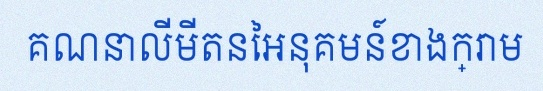
គណនាលីមីតនៃអនុគមន៍ខាងក្រោម